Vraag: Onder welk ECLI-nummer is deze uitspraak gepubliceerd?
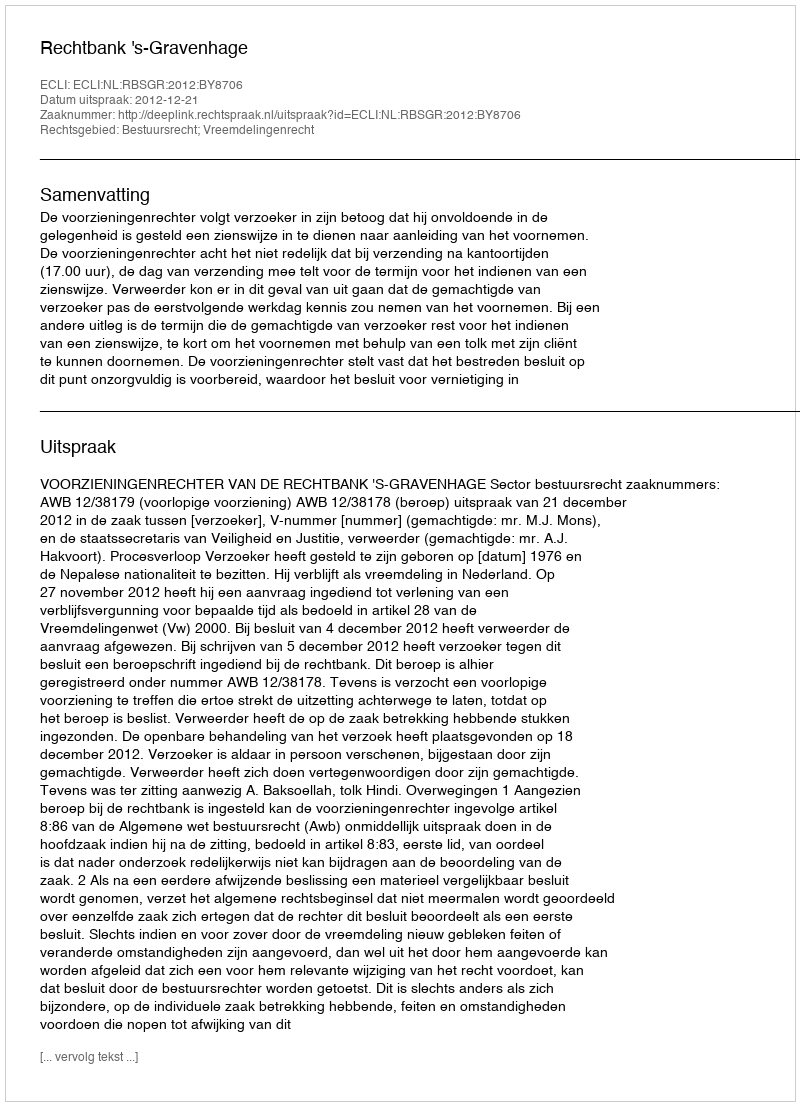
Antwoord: ECLI:NL:RBSGR:2012:BY8706